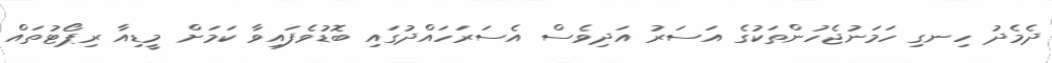
ދެމެދު ހިނގި ހަމަނުޖެހުންތަކުގެ އަސަރު އަދިވެސް އެސަރަހައްދުގައި ބޮޑުވެފައިވާ ކަމަށް މީޑިއާ ރިޕޯޓުތައް